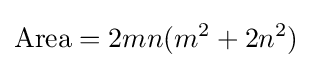
{\text{Area}}=2mn(m^{2}+2n^{2})